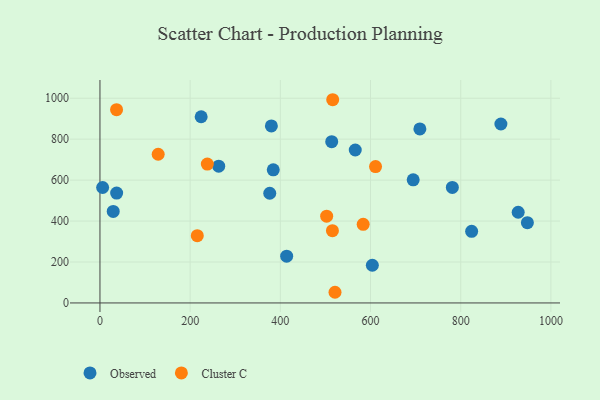
{"axis": {"x": "Price", "y": "Salary"}, "legend": ["Cluster C", "Observed"], "data": [{"x": "889.1", "y": 874.1, "type": "Observed"}, {"x": "824.2", "y": 350.0, "type": "Observed"}, {"x": "604.0", "y": 184.1, "type": "Observed"}, {"x": "380.1", "y": 864.9, "type": "Observed"}, {"x": "29.4", "y": 447.1, "type": "Observed"}, {"x": "927.4", "y": 443.0, "type": "Observed"}, {"x": "414.0", "y": 228.6, "type": "Observed"}, {"x": "376.5", "y": 535.9, "type": "Observed"}, {"x": "384.3", "y": 650.4, "type": "Observed"}, {"x": "781.4", "y": 564.3, "type": "Observed"}, {"x": "709.4", "y": 849.9, "type": "Observed"}, {"x": "37.0", "y": 536.9, "type": "Observed"}, {"x": "513.9", "y": 787.7, "type": "Observed"}, {"x": "224.4", "y": 909.6, "type": "Observed"}, {"x": "566.1", "y": 747.0, "type": "Observed"}, {"x": "5.9", "y": 564.0, "type": "Observed"}, {"x": "947.8", "y": 391.9, "type": "Observed"}, {"x": "263.3", "y": 668.3, "type": "Observed"}, {"x": "694.6", "y": 601.2, "type": "Observed"}, {"x": "238.1", "y": 678.2, "type": "Cluster C"}, {"x": "129.1", "y": 726.4, "type": "Cluster C"}, {"x": "215.8", "y": 328.4, "type": "Cluster C"}, {"x": "36.8", "y": 943.9, "type": "Cluster C"}, {"x": "502.7", "y": 424.0, "type": "Cluster C"}, {"x": "611.1", "y": 665.9, "type": "Cluster C"}, {"x": "521.2", "y": 52.1, "type": "Cluster C"}, {"x": "583.7", "y": 383.9, "type": "Cluster C"}, {"x": "516.1", "y": 992.7, "type": "Cluster C"}, {"x": "515.5", "y": 353.1, "type": "Cluster C"}]}